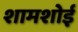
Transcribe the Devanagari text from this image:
शामशोई